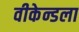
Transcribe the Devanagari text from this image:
वीकेन्डला